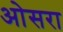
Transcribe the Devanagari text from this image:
ओसरा